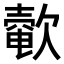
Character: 𣤟